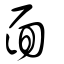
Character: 靣